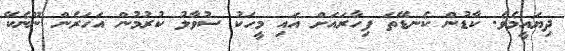
ދިޔައީމެވެ. ކާޑުން ކެނޑޭތަ ފިހާރައަށް އައި މީހަކު ސުވާލު ކުރުމުން އަހަރެން ނޫނެކޭ